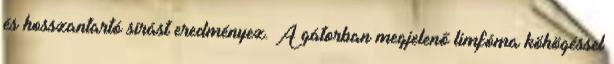
és hosszantartó sírást eredményez. A gátorban megjelenő limfóma köhögéssel